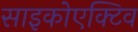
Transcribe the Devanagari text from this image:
साइकोएक्टिव